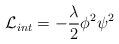
LaTeX: \begin{align*}{\cal L}_{int} = -\frac{\lambda}{2}{\phi}^{2}{\psi}^{2}\end{align*}